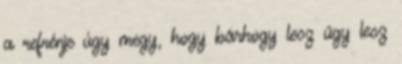
a refrénje úgy megy, hogy bárhogy lesz úgy lesz